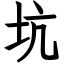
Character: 坑